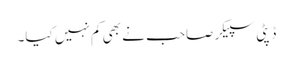
ڈپٹی سپیکر صاحب نے بھی کم نہیں کیا۔